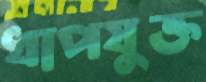
ধাপযুক্ত